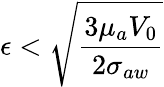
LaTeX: {\epsilon}<\sqrt{\frac{3{\mu}_{a}V_{0}}{2{\sigma}_{aw}}}